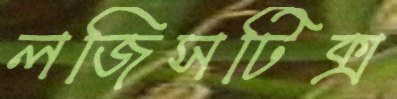
লজিসটিক্স